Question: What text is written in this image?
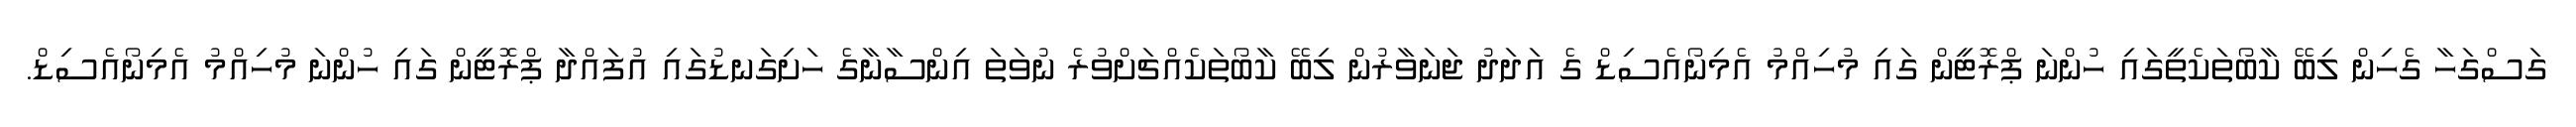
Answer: ގަސްގަހާ ގެހިން ލިބޭ ކާބޯތަކެތީގައި ހުންނަ ޕްރޮޓީން ގައި މުހިއްމު އެމިނޯއެސިޑް ގެ އަދަދު ޖަނަވާރުން ލިބޭ ކާބޯތަކެއްޗަށްވުރެ ނުވަތަ އިންސާނާގެ ހަށިގަނޑުގައި އުފައްދާ ޕްރޮޓީން ގައި ހުންނަ މުހިއްމު އެމިނޯއެސިޑް.